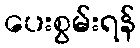
ပေးစွမ်းရန်